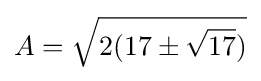
A={\sqrt {2(17\pm {\sqrt {17}})}}